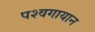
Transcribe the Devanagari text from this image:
पश्वगायान